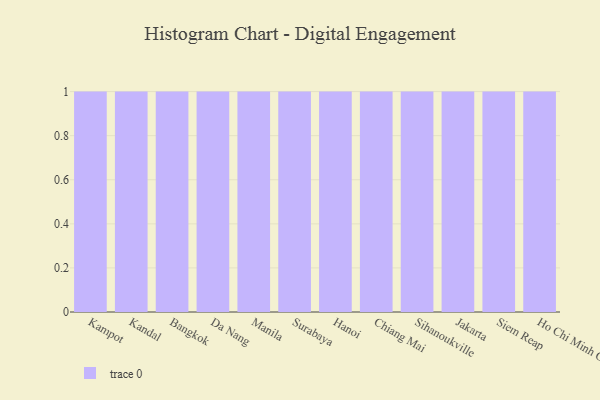
{"axis": {"x": "City", "y": "Shipments"}, "legend": [""], "data": [{"x": "Kampot", "y": 41, "type": ""}, {"x": "Kandal", "y": 90, "type": ""}, {"x": "Bangkok", "y": 77, "type": ""}, {"x": "Da Nang", "y": 6, "type": ""}, {"x": "Manila", "y": 44, "type": ""}, {"x": "Surabaya", "y": 24, "type": ""}, {"x": "Hanoi", "y": 89, "type": ""}, {"x": "Chiang Mai", "y": 69, "type": ""}, {"x": "Sihanoukville", "y": 83, "type": ""}, {"x": "Jakarta", "y": 48, "type": ""}, {"x": "Siem Reap", "y": 25, "type": ""}, {"x": "Ho Chi Minh City", "y": 9, "type": ""}]}